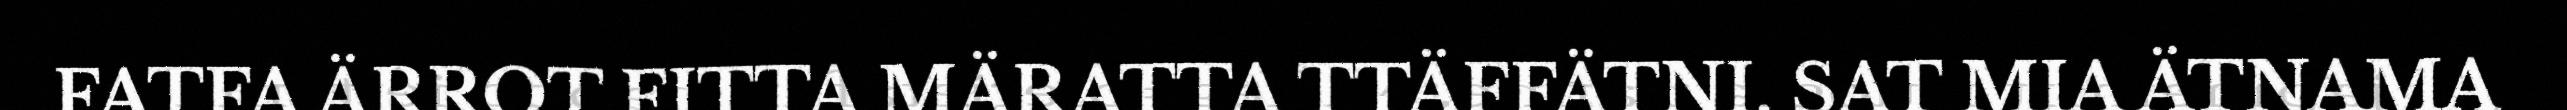
FATFA ÄRROT FITTA MÄRATTA TTÄFFÄTNI. SAT MIA ÄTNAMA